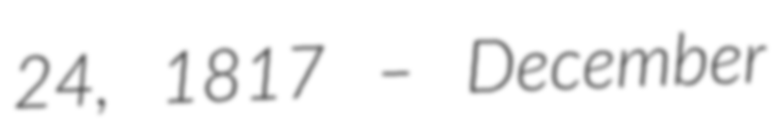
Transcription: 24, 1817 – December